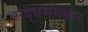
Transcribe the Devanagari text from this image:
सद्‌धर्ममंथन